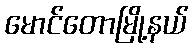
မောင်တောမြို့နယ်